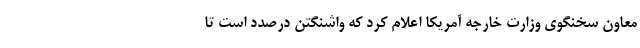
معاون سخنگوی وزارت خارجه آمریکا اعلام کرد که واشنگتن درصدد است تا